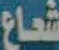
شعاع